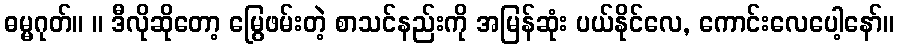
ဓမ္မဂုတ်။ ။ ဒီလိုဆိုတော့ မြွေဖမ်းတဲ့ စာသင်နည်းကို အမြန်ဆုံး ပယ်နိုင်လေ, ကောင်းလေပေါ့နော်။